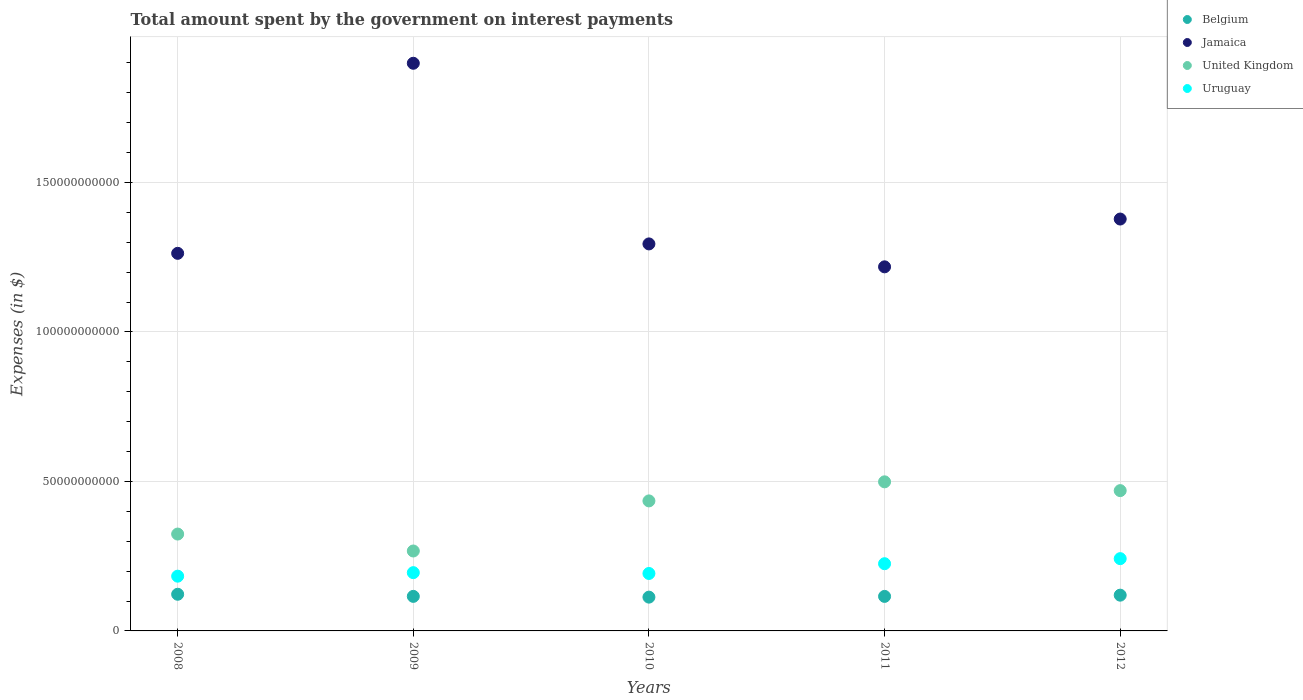
| Years | Belgium | Jamaica | United Kingdom | Uruguay |
 | --- | --- | --- | --- | --- |
 | 2008 | 1.23e+10 | 1.26e+11 | 3.24e+10 | 1.83e+10 |
 | 2009 | 1.16e+10 | 1.9e+11 | 2.67e+10 | 1.95e+10 |
 | 2010 | 1.13e+10 | 1.29e+11 | 4.35e+10 | 1.92e+10 |
 | 2011 | 1.15e+10 | 1.22e+11 | 4.99e+10 | 2.25e+10 |
 | 2012 | 1.2e+10 | 1.38e+11 | 4.69e+10 | 2.42e+10 |